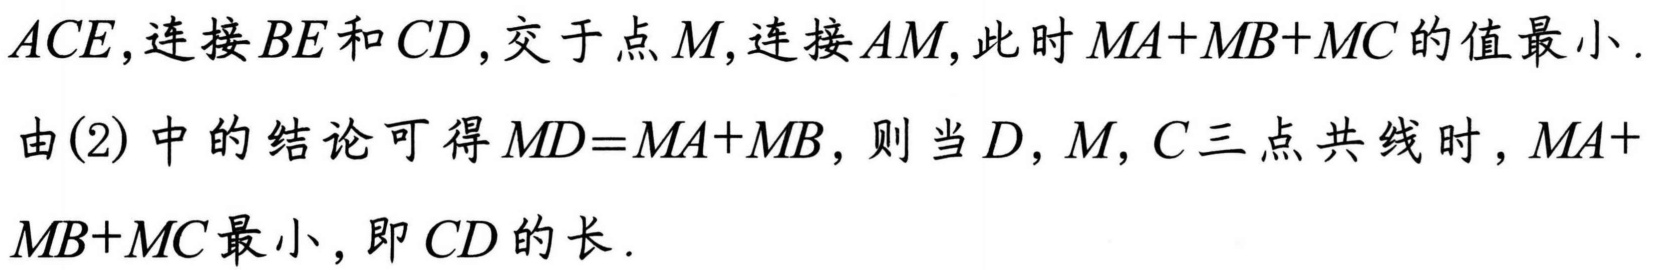
\(ACE\)，连接\(BE\)和\(CD\)，交于点\(M\)，连接\(AM\)，此时\(MA + MB+MC\)的值最小.
由(2) 中的结论可得\(MD = MA + MB\)，则当\(D,M,C\)三点共线时，\(MA + MB+MC\)最小，即\(CD\)的长.